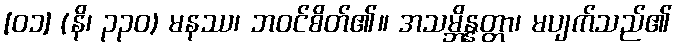
[၀၁] (နိ၊ ၃၃၀) မနဿ၊ ဘဝင်စိတ်၏။ အသမ္ဘိန္နတ္တာ၊ မပျက်သည်၏